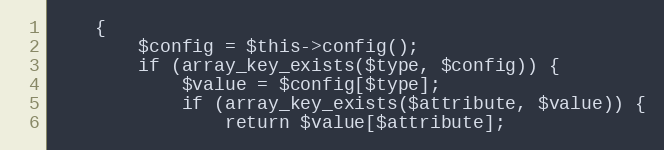
Language: PHP
    {
        $config = $this->config();
        if (array_key_exists($type, $config)) {
            $value = $config[$type];
            if (array_key_exists($attribute, $value)) {
                return $value[$attribute];